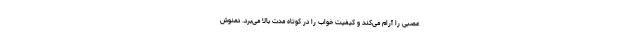
عصبی را آرام می‌کند و کیفیت خواب را در کوتاه مدت بالا می‌برد. دمنوش